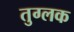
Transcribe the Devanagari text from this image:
तुग्लक